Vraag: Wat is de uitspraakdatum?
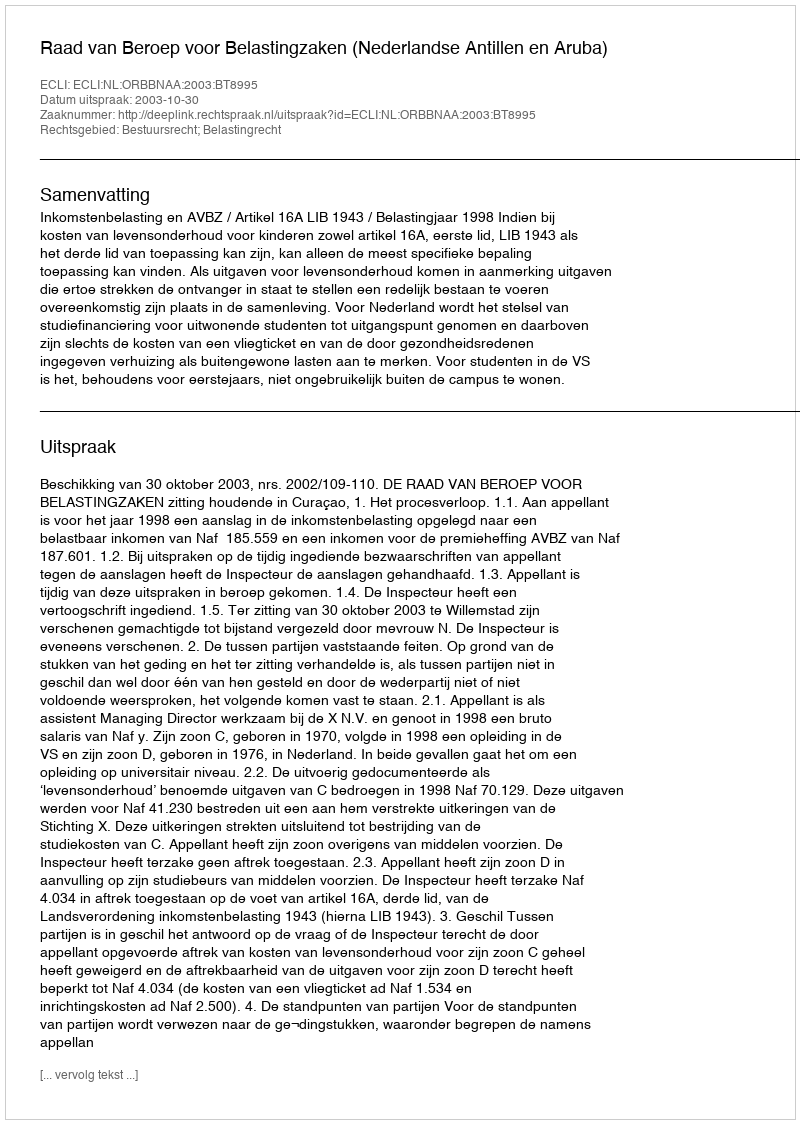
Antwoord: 2003-10-30